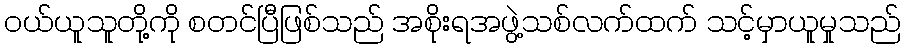
ဝယ်ယူသူတို့ကို စတင်ပြီဖြစ်သည် အစိုးရအဖွဲ့သစ်လက်ထက် သင့်မှာယူမှုသည်